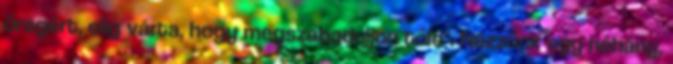
öregért, elig várta, hogy megszabaduljon tőle". Nézzünk egy néhány,